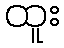
ထူး